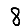
Digit: 8